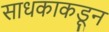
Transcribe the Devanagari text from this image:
साधकाकडून